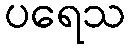
ပရေသ